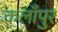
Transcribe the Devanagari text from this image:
कलाँपुर